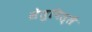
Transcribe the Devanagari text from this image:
सेतुपिल्लै